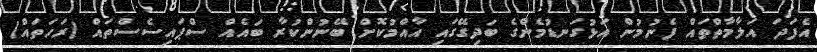
އެފަދަ އަލާމާތްތައް ފެނުމުން އަޅުގަނޑުމެންގެ ބަދިގޭގައި އާއްމުކޮށް ބޭނުންކުރާ ބައެއް ސްޕައިސެސްތައް (ރަހަތައް)